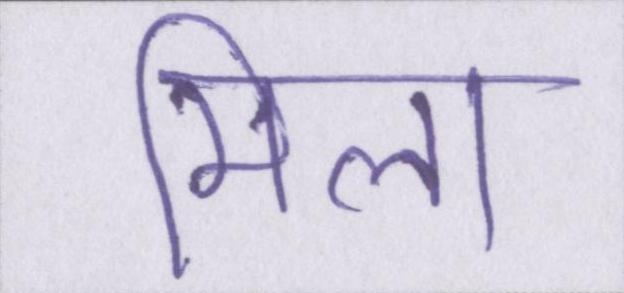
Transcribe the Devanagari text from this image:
मिला